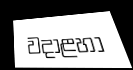
වදාළහා